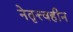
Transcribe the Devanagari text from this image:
नेतृत्त्वहीन